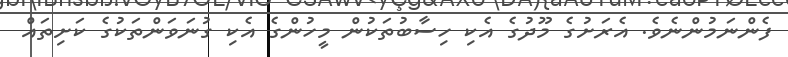
ފެންނަމުންނެވެ. އެރަށުގެ މޫދުގެ އެކި ހިސާބުތަކުން މީހުންގެ އެކި ގުނަވަންތަކުގެ ކަށިތައް